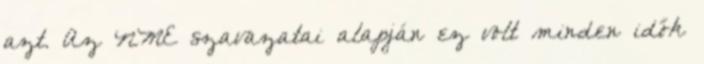
azt. Az NME szavazatai alapján ez volt minden idők